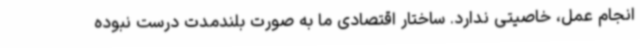
انجام عمل، خاصیتی ندارد. ساختار اقتصادی ما به صورت بلندمدت درست نبوده